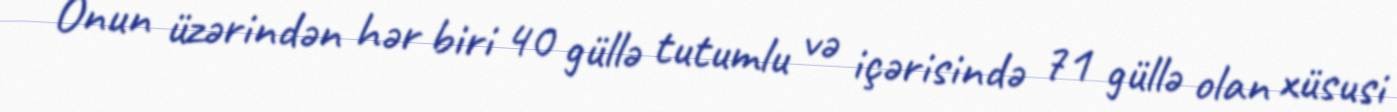
Onun üzərindən hər biri 40 güllə tutumlu və içərisində 71 güllə olan xüsusi